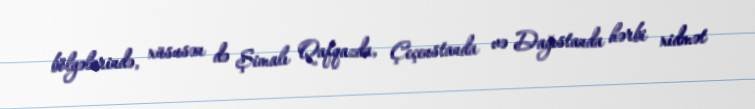
bölgələrində, xüsusən də Şimalı Qafqazda, Çeçenstanda və Dağıstanda hərbi xidmət